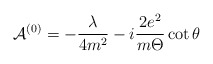
\begin{align*}{\cal A}^{(0)}=-\frac \lambda {4m^2}-i\frac{2e^2}{m\Theta }\cot \theta\end{align*}